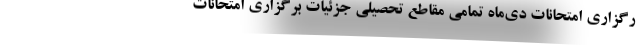
رگزاری امتحانات دی‌ماه تمامی مقاطع تحصیلی جزئیات برگزاری امتحانات